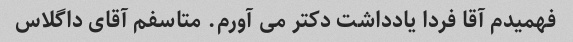
فهمیدم آقا فردا یادداشت دکتر می آورم. متاسفم آقای داگلاس